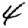
Digit: 4